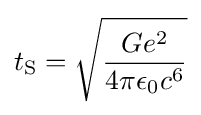
t_{\text{S}}={\sqrt {\frac {Ge^{2}}{4\pi \epsilon _{0}c^{6}}}}